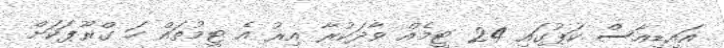
އައިޑިއާސް ކަޕުގައި 24 ޓީމެއް ވާދަކުރާ އިރު އެ ޓީމުތައް ހަ ގްރޫޕަކަށް